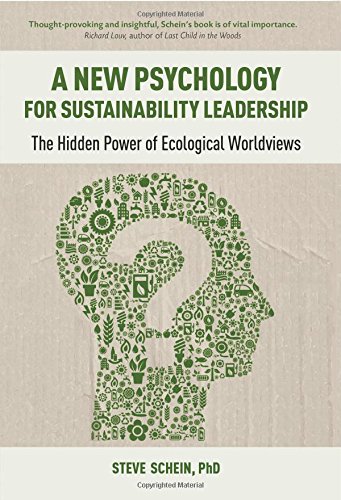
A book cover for A New Psychology for Sustainability Leadership: The Hidden Power of Ecological Worldviews; Steve Schein; Business & Money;